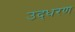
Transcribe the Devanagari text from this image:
उद्‍धरण